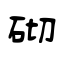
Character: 砌